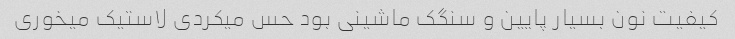
کیفیت نون بسیار پایین و سنگک ماشینی بود حس میکردی لاستیک میخوری